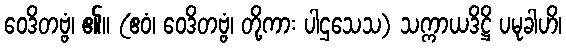
ဝေဒိတဗ္ဗံ၊ ၏။ (ဧဝံ၊ ဝေဒိတဗ္ဗံ၊ တို့ကား ပါဌသေသ) သက္ကာယဒိဋ္ဌိ ပမုခါဟိ၊